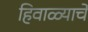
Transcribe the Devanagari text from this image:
हिवाळ्याचे